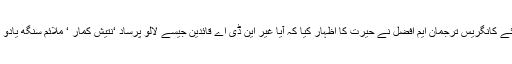
بی جے پی پر شدید تنقید کرتے ہوئے کانگریس ترجمان ایم افضل نے حیرت کا اظہار کیا کہ آیا غیر این ڈی اے قائدین جیسے لالو پرساد ‘نتیش کمار ‘ ملائم سنگھ یادو اور مایاوتی کو پاکستان جانا ہوگا ۔